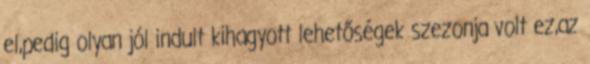
el,pedig olyan jól indult kihagyott lehetőségek szezonja volt ez,az